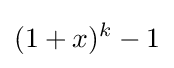
(1+x)^{k}-1